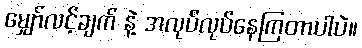
မျှော်လင့်ချက် နဲ့ အလုပ်လုပ်နေကြတာပါပဲ။